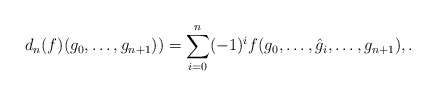
\begin{align*}d_n(f)(g_0, \dots, g_{n+1})) = \sum_{i=0}^n (-1)^i f(g_0, \dots, \hat g_i, \dots, g_{n+1}), .\end{align*}